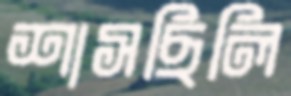
শাসছিলি